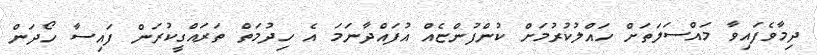
ދިމާވެފައިވާ މައްސަލަތަށް ހައްލުކުރުމަށް ކުންފުންޏެއް އުފައްދާނަމަ އެ ހިދުމަތް ތަރައްގީކުރަން ފައިސާ ހޯދަން